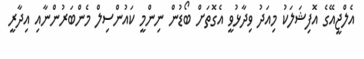
އެލްޖީއޭގެ އޮފިޝަލަކު މިއަދު ވިދާޅުވީ އެގޮތަށް ބޯޑުން ނިންމީ ކައުންސިލް މެންބަރުންނާއި އިދާރީ